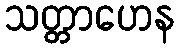
သတ္တာဟေန